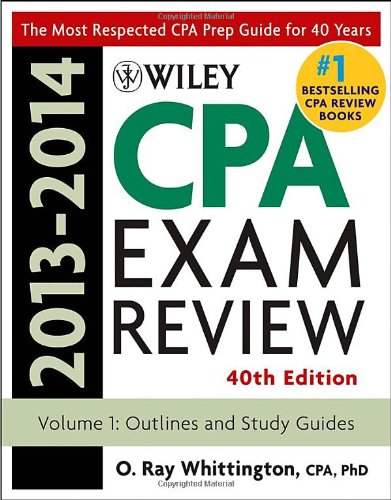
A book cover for Wiley CPA Examination Review 2013-2014, Outlines and Study Guides (Volume 1); O. Ray Whittington; Test Preparation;